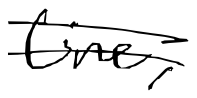
Text: line,
Cross-out: double-line
Writing tool: digital_black